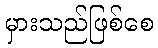
မှားသည်ဖြစ်စေ